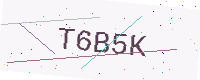
Text: T6B5K